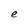
Character: e